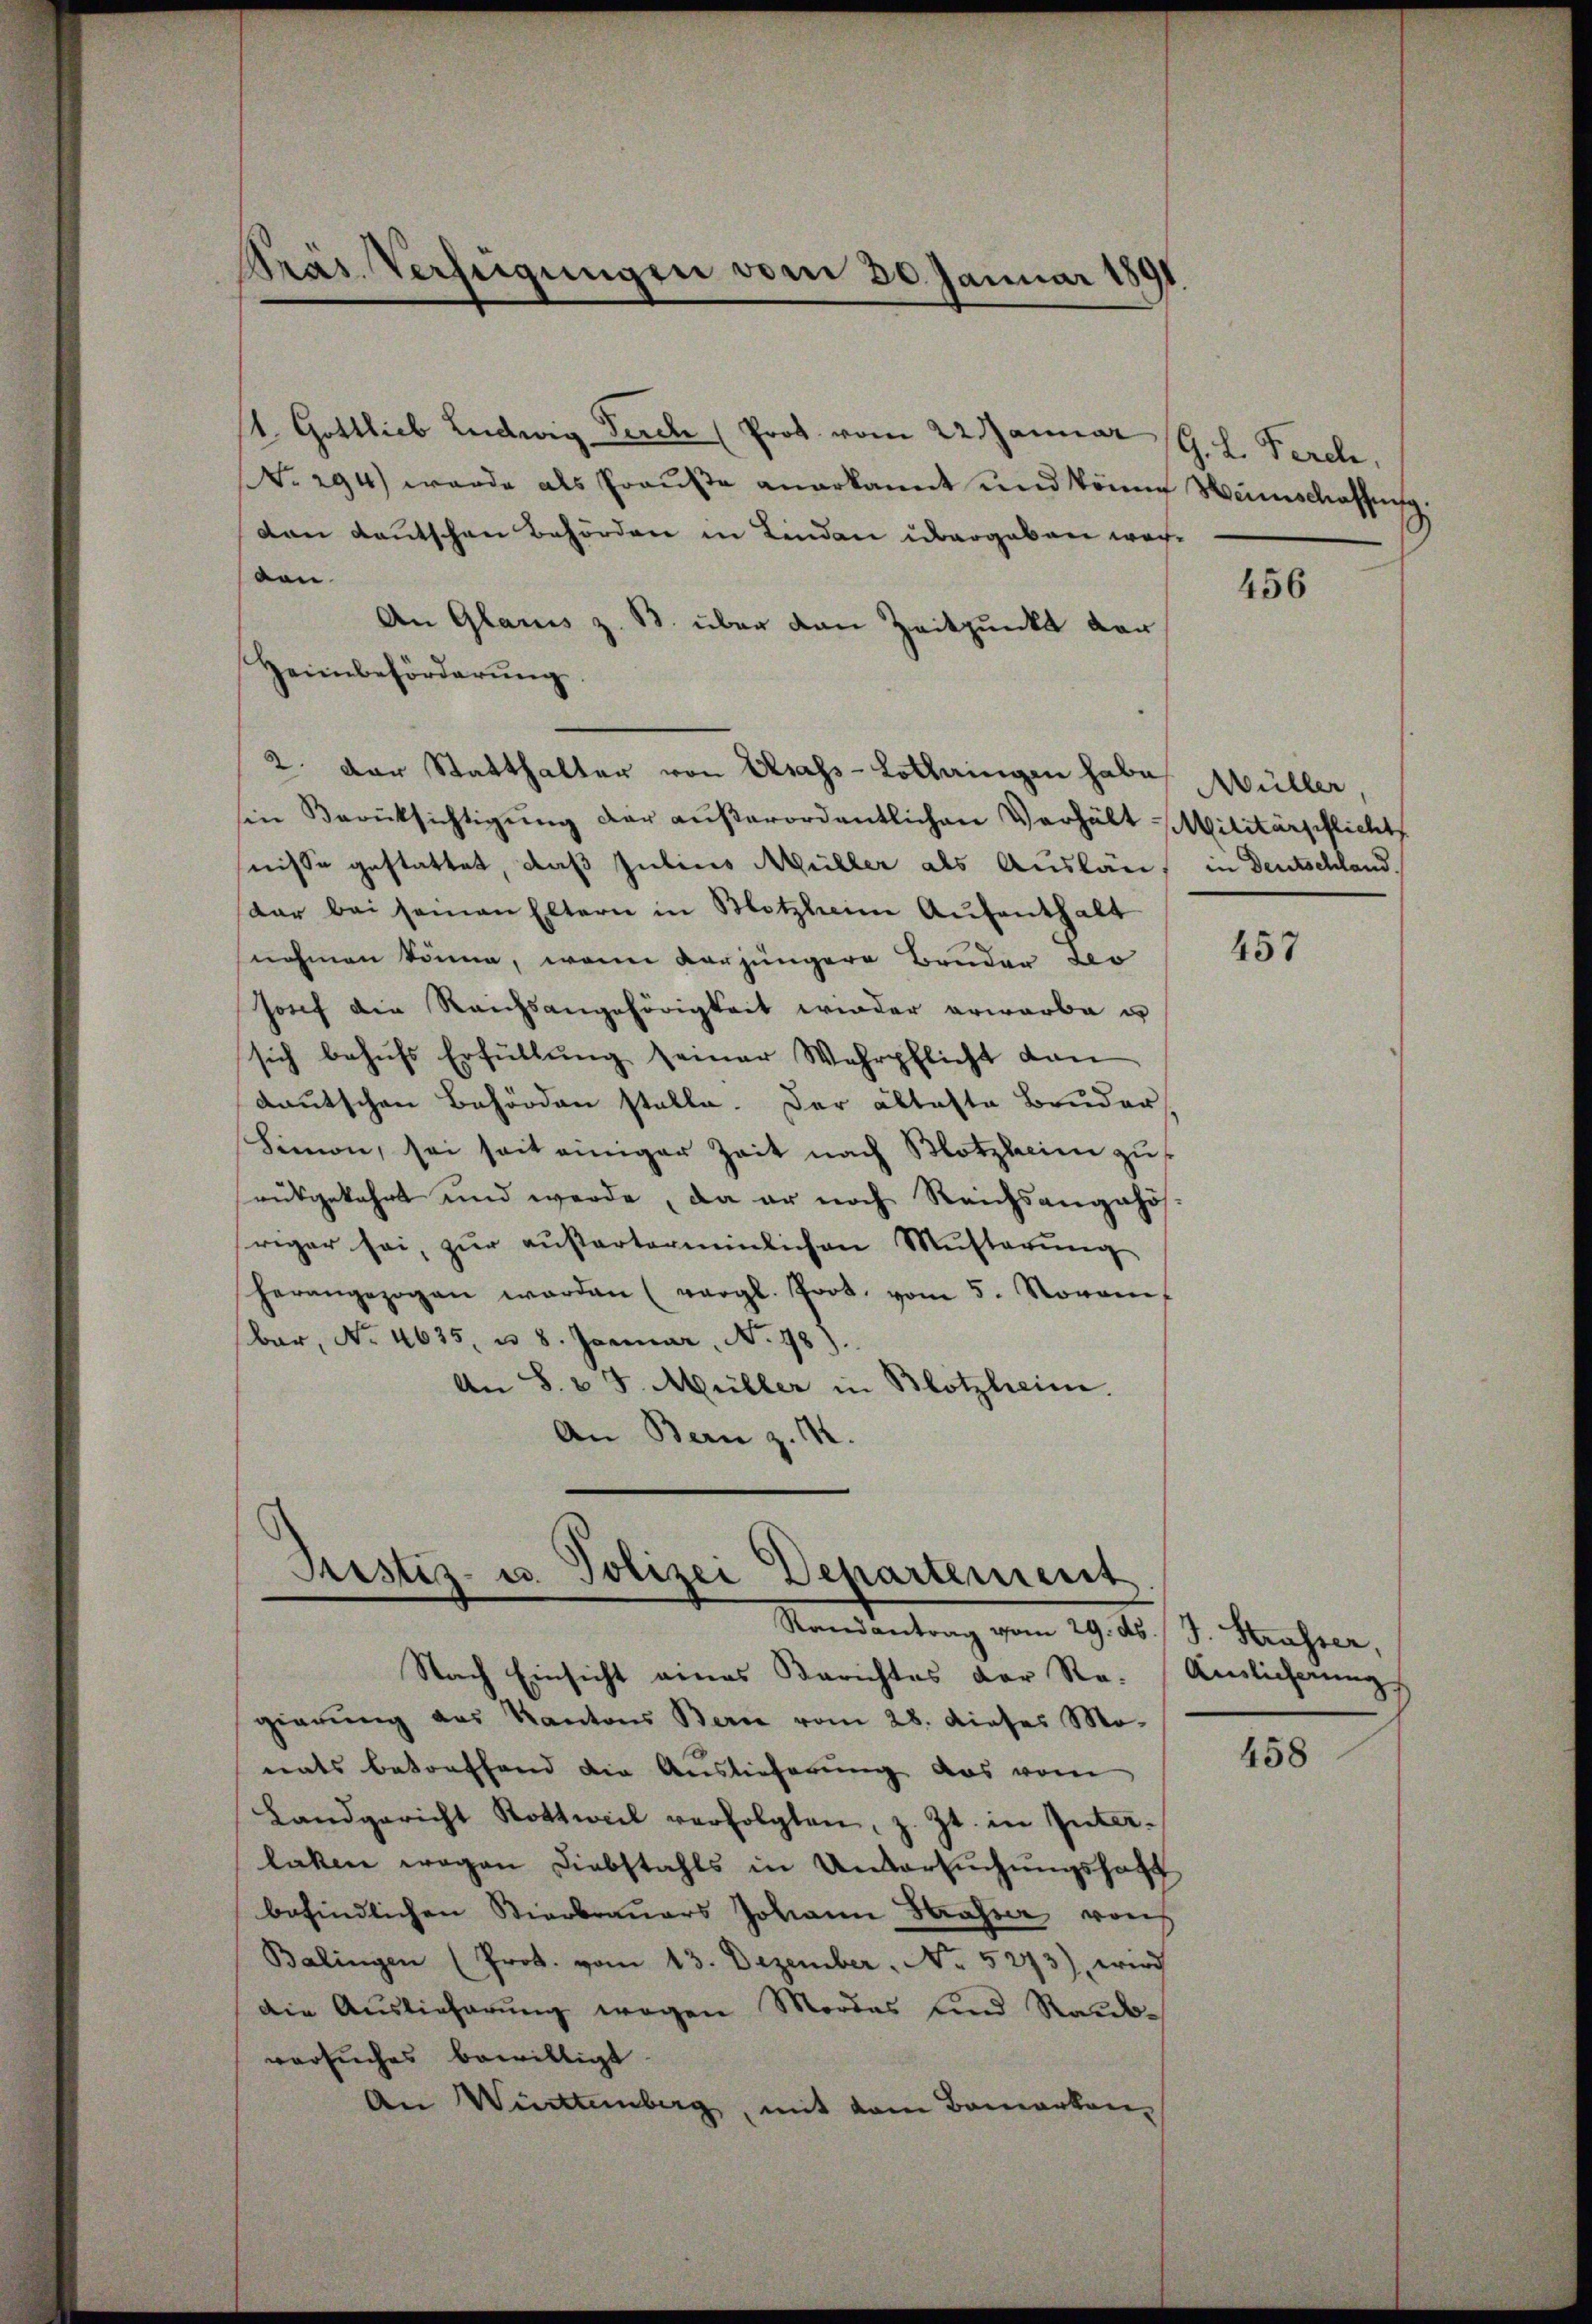
1. Gottlieb Ludwig Derch (Prof. vom 22. Januar
NNo. 294) wurde als Grause anerkannt und könne Heimschaffens
dan deutschen Behörden in Linden übergeben werden.
An Glarus z. B. über den Zeitpunkt der
Heimbeförderŭng.
2. Der Statthalter von Elsass-Lothringen habe
in Berücksichtigŭng der außerordentlichen Verhält Militärpflichts
nisse gestattet, daß Julius Müller als Auslauf in Deutschland.
dar bei seinen Eltern in Motzheim Aufenthalt
nehmen könne, wenn vorjüngere Bruder Leo
Josef die Reichsangehörigkeit wieder erwarbe u
sich behufs Erfüllung seiner Wehrpflicht dan
dautschen Behörden stelle. Der älteste Bruder
Simon, sei seit einiger Zeit nach Blotzheim zu
ausgekehrt und werde, da er noch Reichsangehösriger sei, zŭr aŭsarterminlichen Musterŭng
herangezogen werden (vergl. Prot. vom 5. Novem
(bar, No. 4635, u. 8. Januar, No 98).
An S. v. J. Müller in Blotzheim.
An Bern z. B.

Präs. Verfügungen vom 30. Januar 1891

Justiz- u. Polizei Departement
Randantrag vom 29. ds. J. Strasser,
Nach Einsicht eines Berichtes der Ro. Amtlicherung

gierŭng des Kantons Bern vom 28. dieses Mo-
nats betreffend die Auslieferung das vom
Landgericht Rottweil verfolgten, z. Zt. in Interlaken wegen Diebstahls in Untersuchungshaft
befindlichen Vierbrauers Johann Strasser von
Balingen (Prot. vom 13. Dezember, No. 5273), wird
die Auslieferung wegen Mordes und Raubversuches bewilligt.
An Wittenberg, mit dem Bamarkan¬

G. L. Ferche,
9

456

Müller

457

458